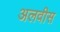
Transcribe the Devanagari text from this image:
अलवीस